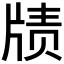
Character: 𱭜